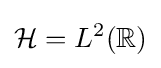
{\mathcal {H}}=L^{2}(\mathbb {R} )